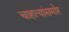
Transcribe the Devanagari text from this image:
चाहत्यांसमोर